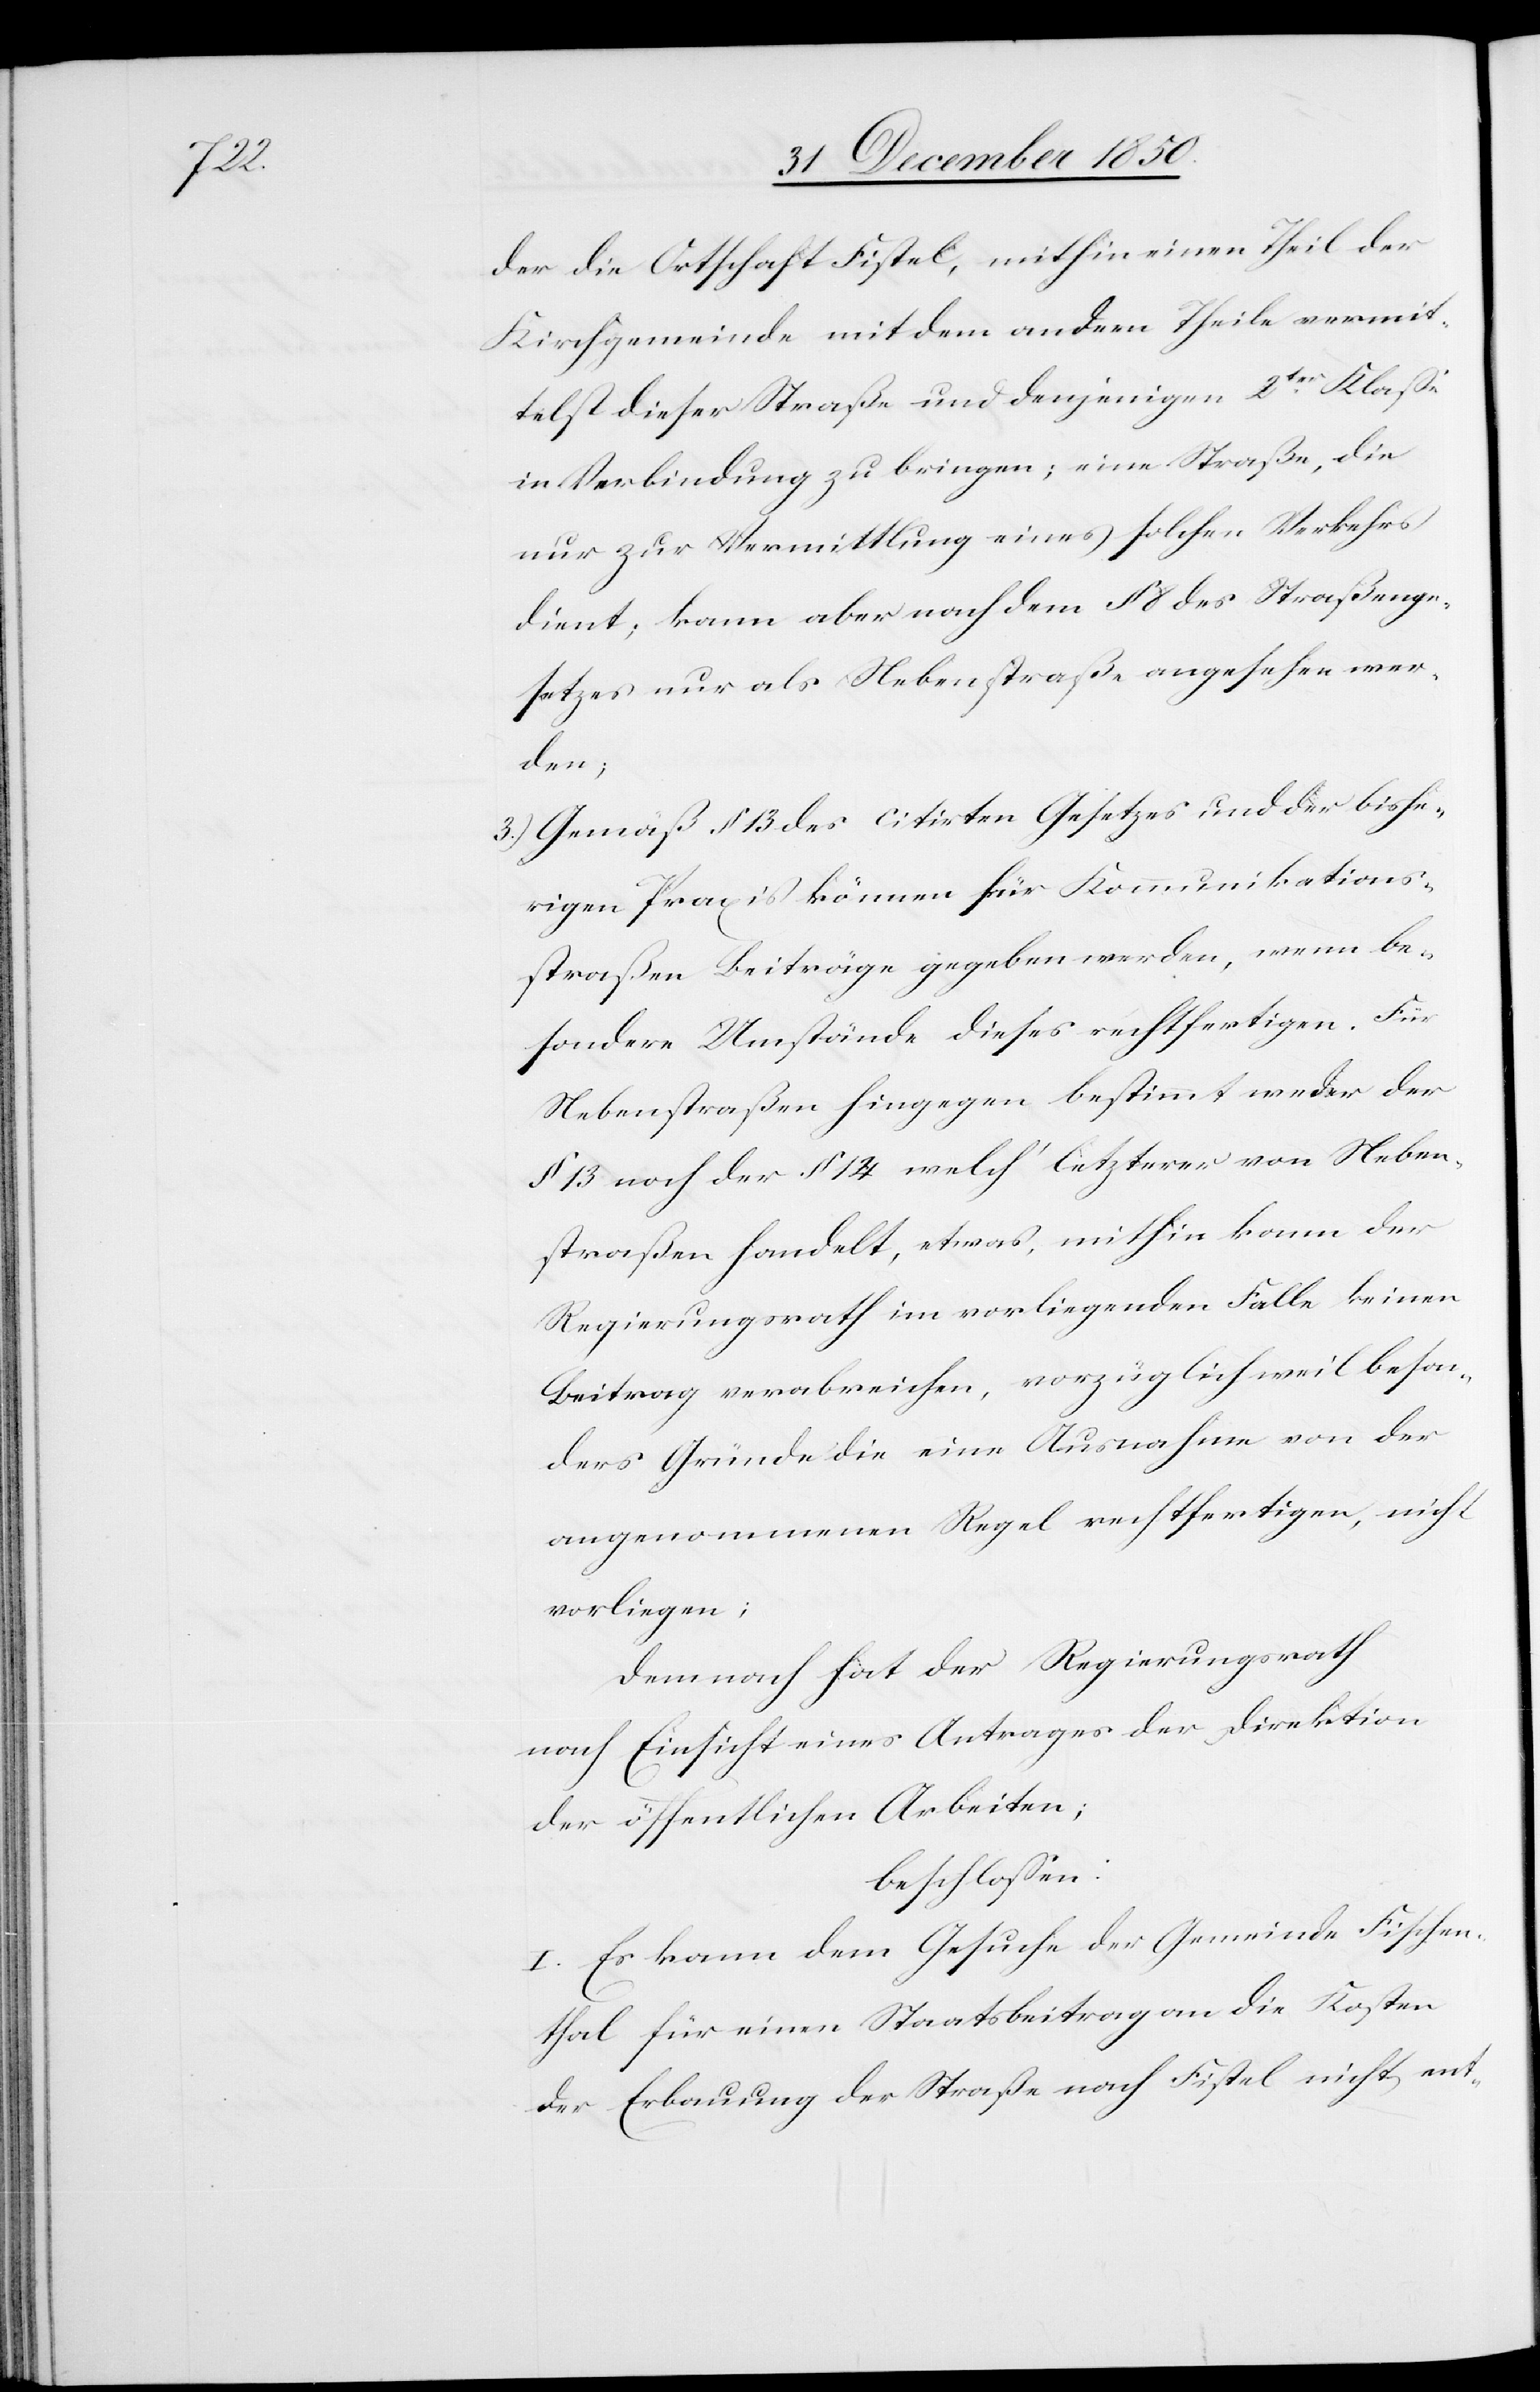
der die Ortschaft Fistel, mithin einen Theil der
Kirchgemeinde mit dem andern Theile vermit¬
telst dieser Straße und denjenigen 2ter Klasse
in Verbindung zu bringen; eine Straße, die
nur zur Vermittlung eines solchen Verkehrs
dient; kann aber nach dem § 8 des Straßenge¬
setzes nur als Nebenstraße angesehen wer¬
den;
3.) Gemäß § 13 des citirten Gesetzes und der bishe¬
rigen Praxis können für Kommunikations¬
straßen Beiträge gegeben werden, wenn be¬
sondere Umstände dieses rechtfertigen. Für
Nebenstraßen hingegen bestimmt weder der
§ 13 noch der § 14 welch‘ letzterer von Neben¬
straßen handelt, etwas, mithin kann der
Regierungsrath im vorliegenden Falle keinen
Beitrag verabreichen, vorzüglich weil beson¬
ders Gründe die eine Ausnahme von der
angenommenen Regel rechtfertigen, nicht
vorliegen;
Demnach hat der Regierungsrath
nach Einsicht eines Antrages der Direktion
der öffentlichen Arbeiten;
beschlossen:
I. Es kann dem Gesuche der Gemeinde Fischen¬
thal für einen Staatsbeitrag an die Kosten
der Erbauung der Straße nach Fistel nicht ent-